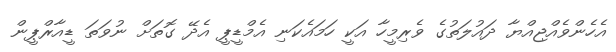
އެހެންވެއްޖިއްޔާ ދައުލަތުގެ ވެރިމީހާ އަކީ ހަމައެކަނި އެމްޑީޕީ އެދޭ ގޮތަށް ނުވަތަ ޑީއާރްޕީން